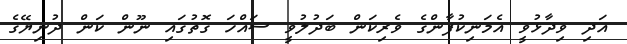
އަދި ވިދާޅުވީ އެމަނިކުފާންގެ ވެރިކަން ބަދުލުވީ ސައްހަ ގޮތުގައި ނޫން ކަން ދުނިޔޭގެ